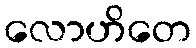
လောဟိတေ